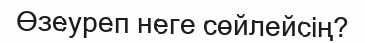
Өзеуреп неге сөйлейсің?